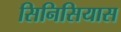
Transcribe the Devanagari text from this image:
सिनिसियास